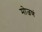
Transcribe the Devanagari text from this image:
मोजणं